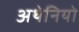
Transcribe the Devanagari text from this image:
अथेनियो